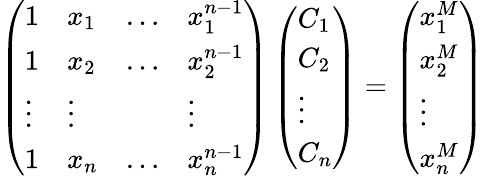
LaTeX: \left(\begin{array}{llll}{1}&{x_{1}}&{\dots}&{x_{1}^{n-1}}\\ {1}&{x_{2}}&{\dots}&{x_{2}^{n-1}}\\ {\vdots}&{\vdots}&&{\vdots}\\ {1}&{x_{n}}&{\dots}&{x_{n}^{n-1}}\end{array}\right)\left(\begin{array}{l}{C_{1}}\\ {C_{2}}\\ {\vdots}\\ {C_{n}}\end{array}\right)=\left(\begin{array}{l}{x_{1}^{M}}\\ {x_{2}^{M}}\\ {\vdots}\\ {x_{n}^{M}}\end{array}\right)